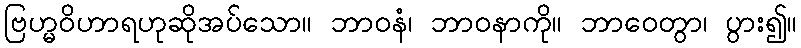
ဗြဟ္မဝိဟာရဟုဆိုအပ်သော။ ဘာဝနံ၊ ဘာဝနာကို။ ဘာဝေတွာ၊ ပွား၍။